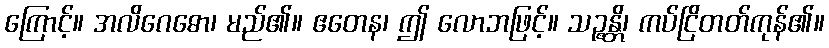
ကြောင့်။ အလိဂေဓော၊ မည်၏။ ဧတေန၊ ဤ လောဘဖြင့်။ သဉ္ဇန္တိ၊ ကပ်ငြိတတ်ကုန်၏။